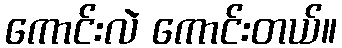
ကောင်းလဲ ကောင်းတယ်။